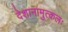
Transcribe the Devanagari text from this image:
देशानामुत्कलः